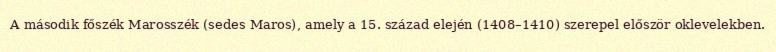
A második főszék Marosszék (sedes Maros), amely a 15. század elején (1408–1410) szerepel először oklevelekben.